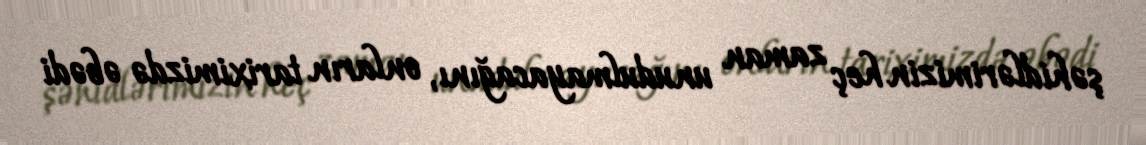
şəhidlərimizin heç zaman unudulmayacağını, onların tariximizdə əbədi